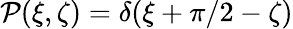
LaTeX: \mathcal{P}(\xi,\zeta)=\delta(\xi+\pi/2-\zeta)